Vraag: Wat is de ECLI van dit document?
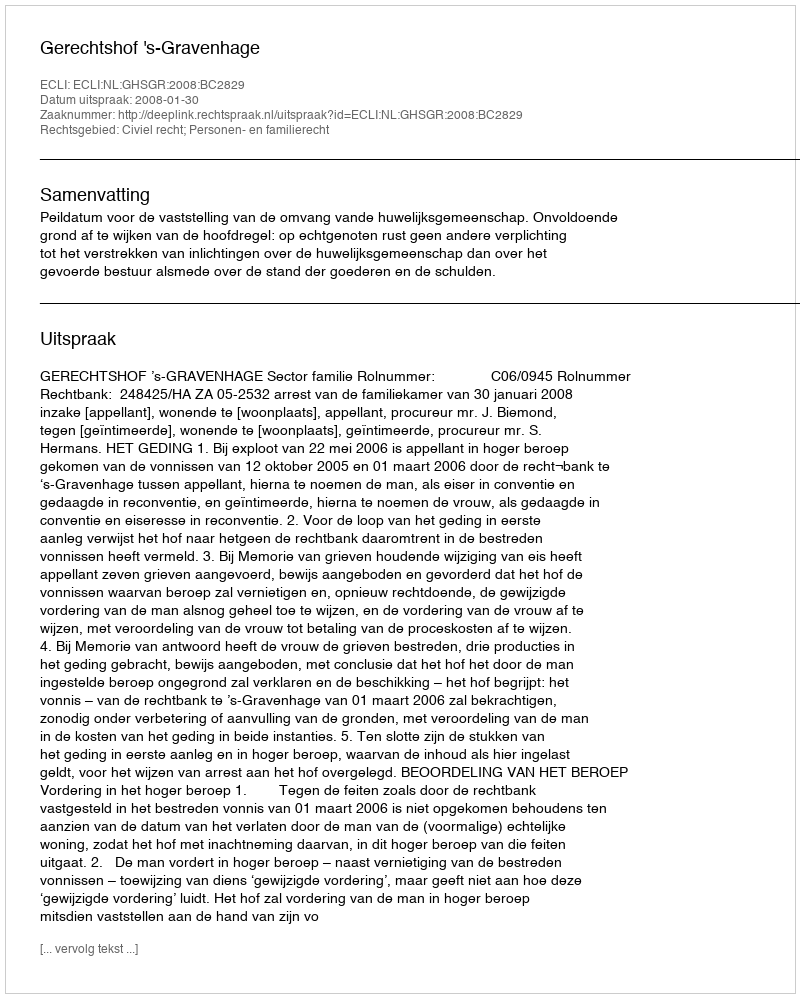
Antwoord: ECLI:NL:GHSGR:2008:BC2829